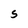
Character: S